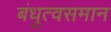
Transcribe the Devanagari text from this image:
बंधुत्वसमान